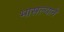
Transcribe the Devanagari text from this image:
भासल्याने